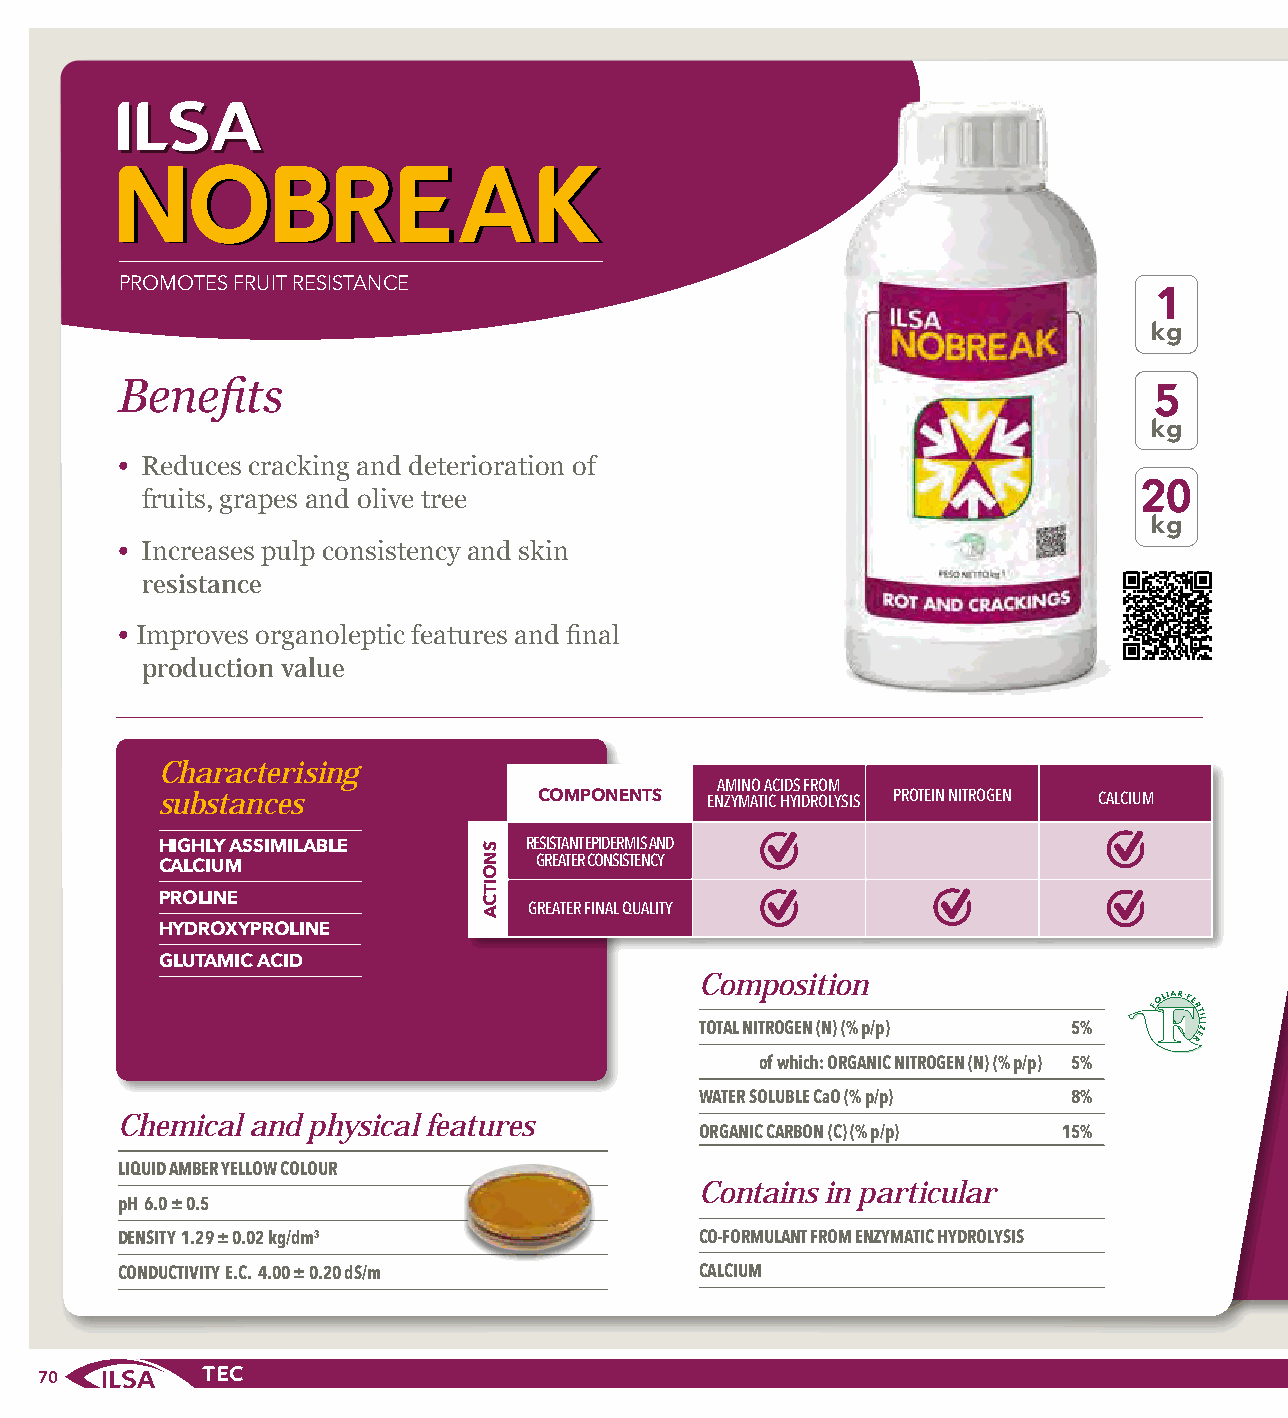
NNOOBBRREEAAKK
 PROMOTES FRUIT RESISTANCE
 1
 kg
 Benefits                                                            5
 kg
 • Reduces cracking and deterioration of
 20
 fruits, grapes and olive tree
 kg
 • Increases pulp consistency and skin
 resistance
 • Improves organoleptic features and final
 production value
 Characterising
 AMINO ACIDS FROM
 substances                COMPONENTS ENZYMATIC HYIDROLYSIS PROTEIN NITROGEN CALCIUM
 RESISTANT EPIDERMIS AND HIGHLY ASSIMILABLE
 GREATER CONSISTENCY
 CALCIUM
 PROLINE
 GREATER FINAL QUALITY
 HYDROXYPROLINE
 GLUTAMIC ACID
 Composition
 TOTAL NITROGEN (N) (% p/p) 5%
 of which: ORGANIC NITROGEN (N) (% p/p) 5%
 WATER SOLUBLE CaO (% p/p) 8%
 Chemical and physical features
 ORGANIC CARBON (C) (% p/p) 15%
 LIQUID AMBER YELLOW COLOUR
 Contains in particular
 pH 6.0 ± 0.5
 DENSITY 1.29 ± 0.02 kg/dm3            CO-FORMULANT FROM ENZYMATIC HYDROLYSIS
 CONDUCTIVITY E.C. 4.00 ± 0.20 dS/m    CALCIUM
 70
 SNOITCA